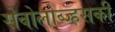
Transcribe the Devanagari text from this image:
सेवोलोव्ज्हसकी